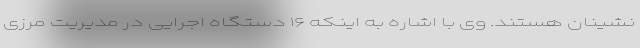
نشینان هستند. وی با اشاره به اینکه ۱۶ دستگاه اجرایی در مدیریت مرزی